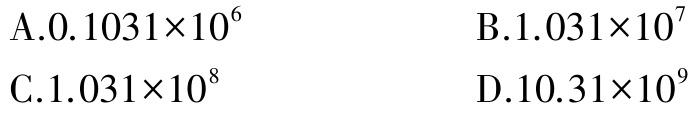
A.$0.1031\times10^{6}$
B.$1.031\times10^{7}$
C.$1.031\times10^{8}$
D.$10.31\times10^{9}$